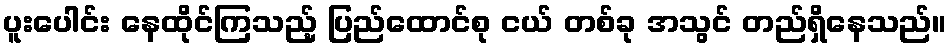
ပူးပေါင်း နေထိုင်ကြသည့် ပြည်ထောင်စု ငယ် တစ်ခု အသွင် တည်ရှိနေသည်။